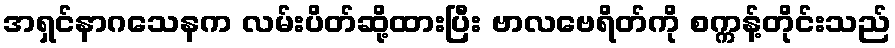
အရှင်နာဂသေနက လမ်းပိတ်ဆို့ထားပြီး ဗာလဗေရိတ်ကို စက္ကန့်တိုင်းသည်